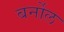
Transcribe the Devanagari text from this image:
बर्नोल